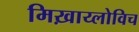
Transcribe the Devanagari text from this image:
मिख़ाय्लोविच